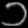
Digit: ၁